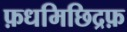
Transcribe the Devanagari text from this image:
फ़धमिछिद्रफ़